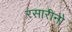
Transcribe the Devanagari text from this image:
रसारीनो